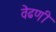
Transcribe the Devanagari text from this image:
वेढणी